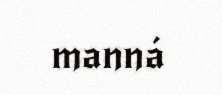
manná